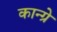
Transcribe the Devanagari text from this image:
कान्ग्रे